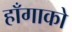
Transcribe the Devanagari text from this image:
हाँगाको